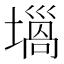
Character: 𡐫